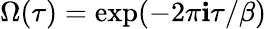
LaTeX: \Omega(\tau)=\exp(-2\pi\mathbf{i}\tau/\beta)